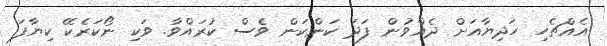
އެއްޗެހި ހަދިޔާއަށް ދެއްވުން ފަދަ ކަންކަން ވެސް ކުރައްވާ. ވަކި ނޯކަރެކޭ ކިޔާފަ